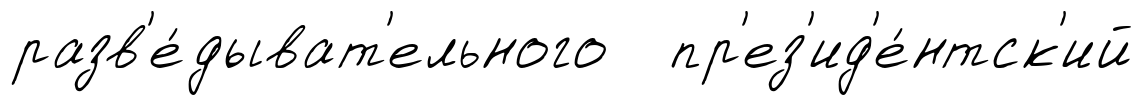
разв'е́дыват'ельного пр'ез'ид'е́нтск'ий